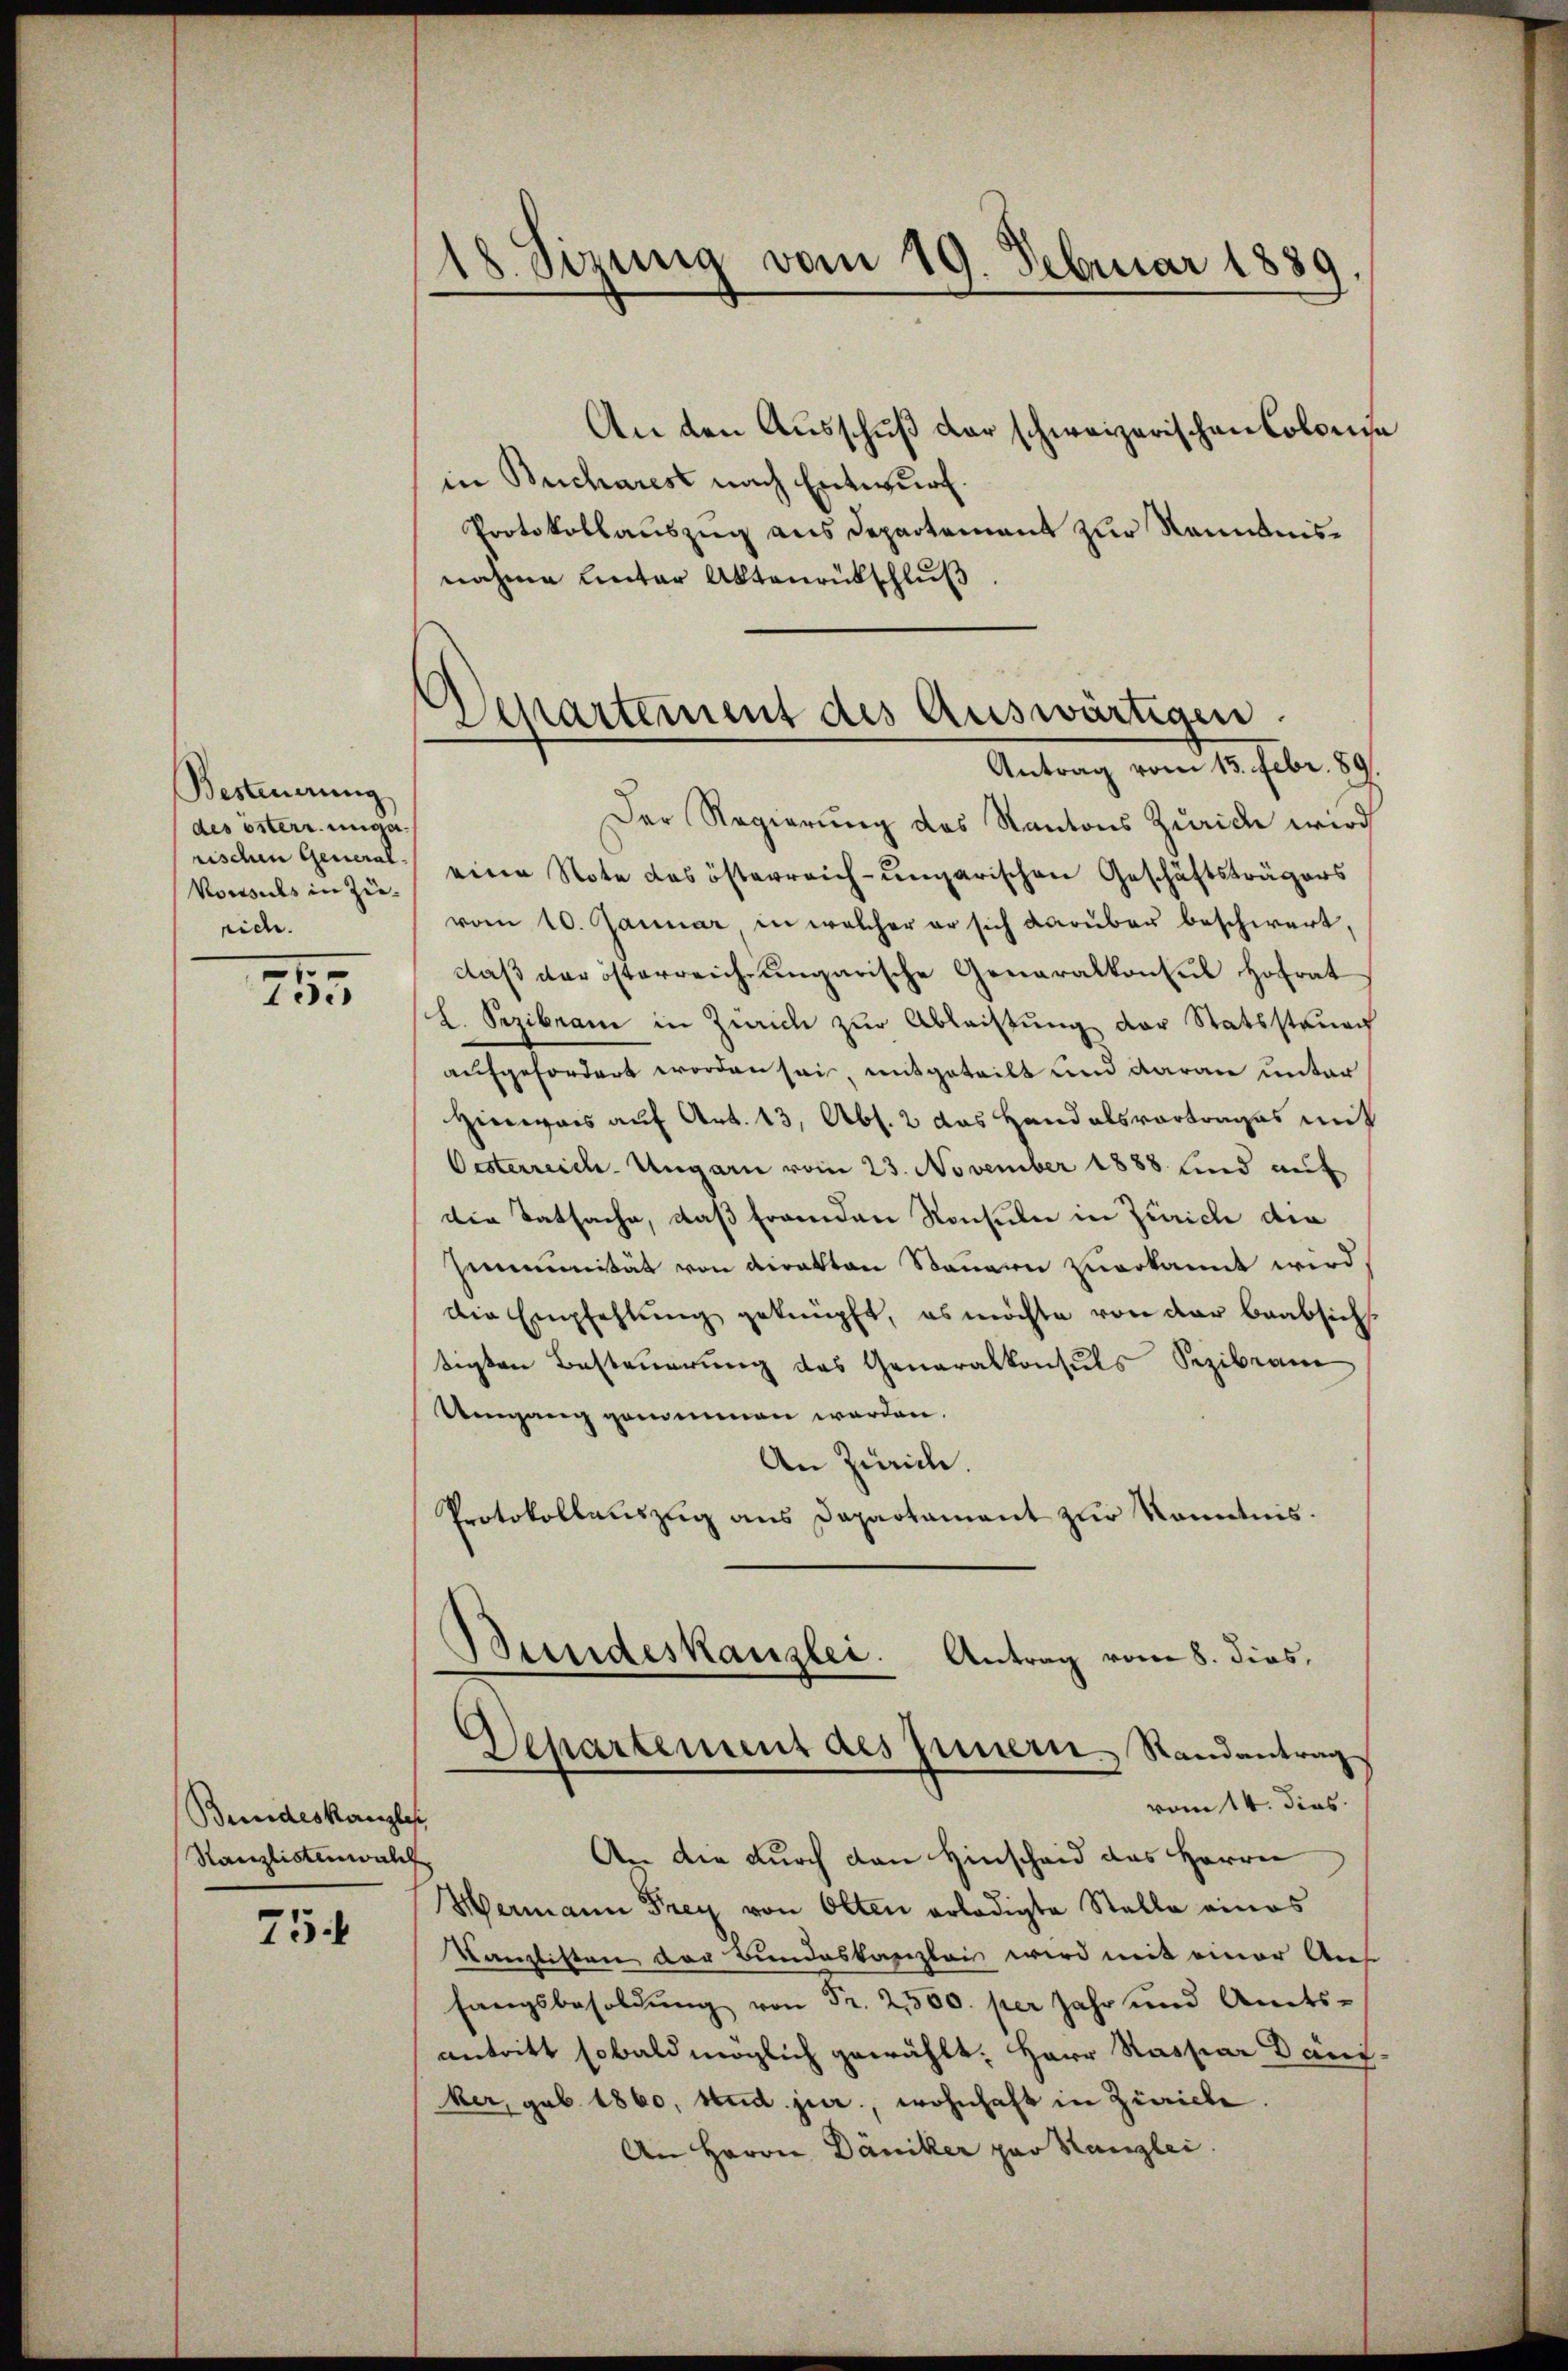
Besteuerung
des österr. unge
Vordes in Zurid.

1
10.

Bundeskanzles
Kanzlistenwalt

75.

18. Sizung vom 19. Februar 1889

An den Ausschuß der schweizerischen Collena
in Bucharest nach Entwurf.
Protokollauszug aus Departement zur Kenntnisnahme Unter Aktenrückschlŭβ

Departement des Auswärtigen.
Antrag vom 15. Febr. 89.

Der Regierung des Kantons Zürich wird
rischen General eine Note das österreich-ungarischen Geschäftsträgers
vom 10. Januar, in welcher er sich darüber beschwert,
daß der österreich ungarische Generalkonsul Hofrat
L. Pezibram in Zürich zur Ableistung der Statsstenach
aufgefordert worden sei, mitgeteilt und daran unter
Hinweis auf Art. 13, Abs. 2 das Hand alsvortrages mit
Oesterreich. Ungarn vom 23. November 1888 sind auf
die Tatsache, daß fremden Konsulen in Zürich die
Zemmunität von Direkton Steuern zuerkannt wird
die Empfehlŭng geknüpft, es möchte von der beabsich
tigten Besteuerung das Generalkonsuls Sezibrann
Umgang genommen werden.
An Zürich.
Protokollauszug aus Dapartament zur Kenntnis.

Bundeskanzlei. Antrag vom 8. dies
Departement des Innern Randantrag
vom 14. dies
An die durch den Hinscheid des Herrn

Hermann Frey von Olten erledigte Stelle eines
Kanzlisten der Bundeskanzleis wird mit einer Aus
fangsbesoldŭng von Fr. 2500. per Jahr und Amts-
antritt sobald möglich gewählt: Herr Rassiar Däni-
ker, geb. 1860, stud. jur., wohnhaft in Zürich.
An Herrn Däniker par Kanzlei.